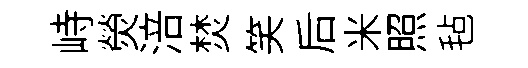
峙熒涪焚笑后米照毡